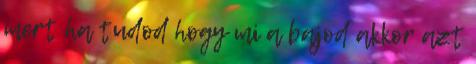
mert ha tudod hogy mi a bajod akkor azt